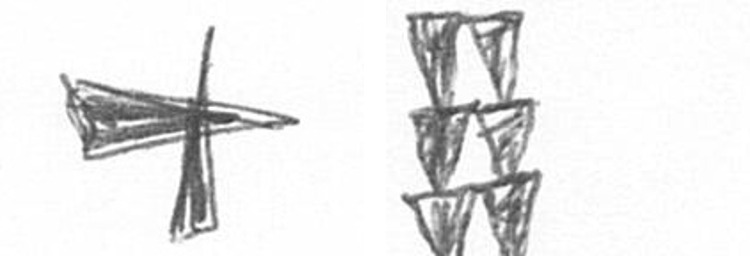
G Y